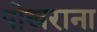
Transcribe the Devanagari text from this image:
पोखराना